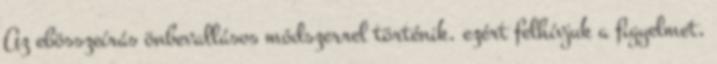
Az ebösszeírás önbevallásos módszerrel történik, ezért felhívjuk a figyelmet,